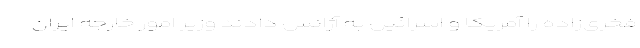
فخری‌زاده را آمریکا و اسرائیل به آژانس دادند وزیر امور خارجه ایران